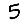
Digit: 5